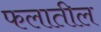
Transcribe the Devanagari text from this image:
फलातील